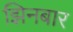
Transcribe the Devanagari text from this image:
झिनबार